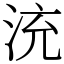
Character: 㳘